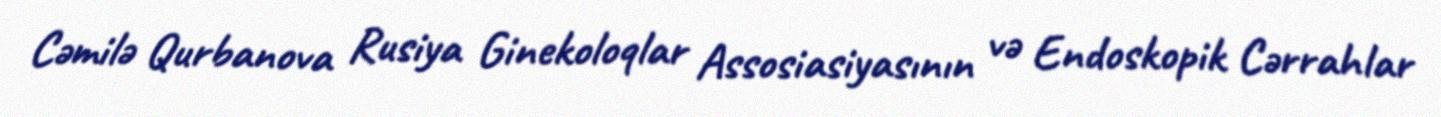
Cəmilə Qurbanova Rusiya Ginekoloqlar Assosiasiyasının və Endoskopik Cərrahlar